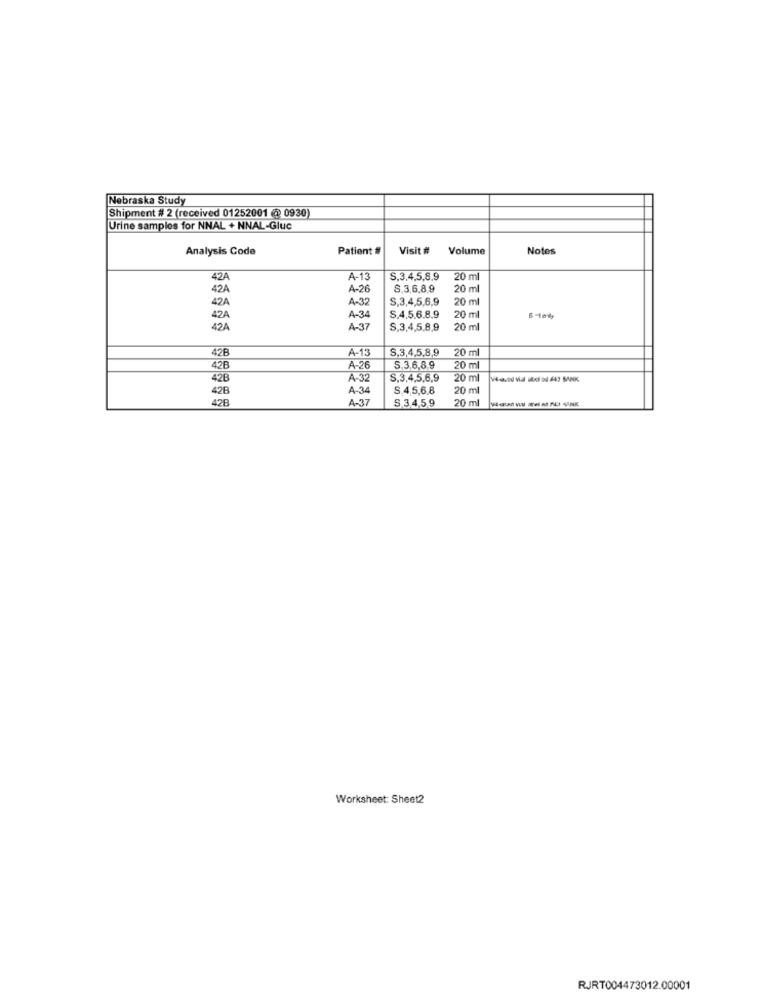
Nebraska Study
Shipment # 2 (received 01252001 @ 0930)
Urine samples for NNAL + NNAL-Gluc
Analysis Code
Patient #
Visit #
Volume
Notes
42A
4-13
S.3.4,5,8,9
0 ml
42A
A-26
6.3,6,8,9
20 ml
A-32
S,3,4,5,6,9
20 ml
42A
42A
A-34
S.4.5.6.8.9
20 ml
42A
A-37
S.3,4,5,8,9
20 ml
42B
A-13
S,3,4,5,8,9
20 m
42B
A-26
5.3,6,8,9
20 m
42B
A-32
S,3,4,5,6,9
20 ml
42B
A-34
S.4.5,6,8
20 ml
42B
A-37
S 34,59
20 ml
Worksheet: Sheet2
RJRT004473012.00001